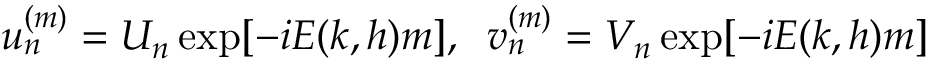
u _ { n } ^ { ( m ) } = U _ { n } \exp [ - i E ( k , h ) m ] , \; \; v _ { n } ^ { ( m ) } = V _ { n } \exp [ - i E ( k , h ) m ]